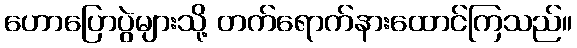
ဟောပြောပွဲများသို့ တက်ရောက်နားထောင်ကြသည်။